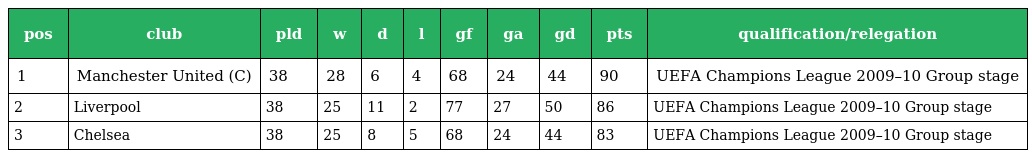
| pos | club | pld | w | d | l | gf | ga | gd | pts | qualification/relegation |
 | --- | --- | --- | --- | --- | --- | --- | --- | --- | --- | --- |
 | 1 | Manchester United (C) | 38 | 28 | 6 | 4 | 68 | 24 | 44 | 90 | UEFA Champions League 2009–10 Group stage |
 | 2 | Liverpool | 38 | 25 | 11 | 2 | 77 | 27 | 50 | 86 | UEFA Champions League 2009–10 Group stage |
 | 3 | Chelsea | 38 | 25 | 8 | 5 | 68 | 24 | 44 | 83 | UEFA Champions League 2009–10 Group stage |